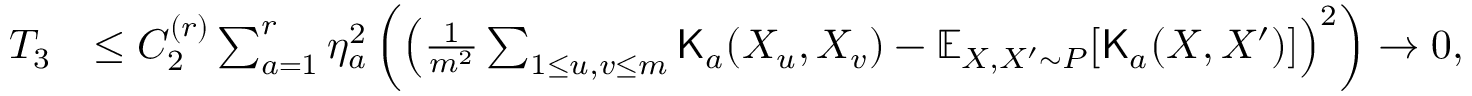
\begin{array} { r l } { T _ { 3 } } & { \leq C _ { 2 } ^ { ( r ) } \sum _ { a = 1 } ^ { r } \eta _ { a } ^ { 2 } \left( \left( \frac { 1 } { m ^ { 2 } } \sum _ { 1 \leq u , v \leq m } { \mathsf K } _ { a } ( X _ { u } , X _ { v } ) - \mathbb { E } _ { X , X ^ { \prime } \sim P } [ { \mathsf K } _ { a } ( X , X ^ { \prime } ) ] \right) ^ { 2 } \right) \rightarrow 0 , } \end{array}